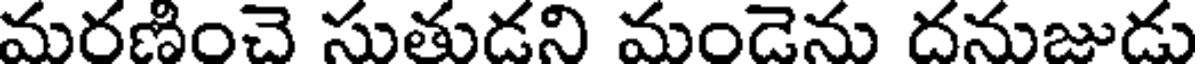
మరణించె సుతుడని మండెను దనుజుడు